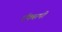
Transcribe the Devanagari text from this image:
ऍक्सपी़